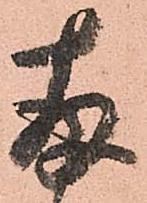
存